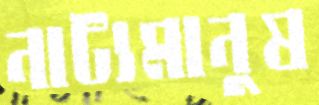
নাট্যমানুষ